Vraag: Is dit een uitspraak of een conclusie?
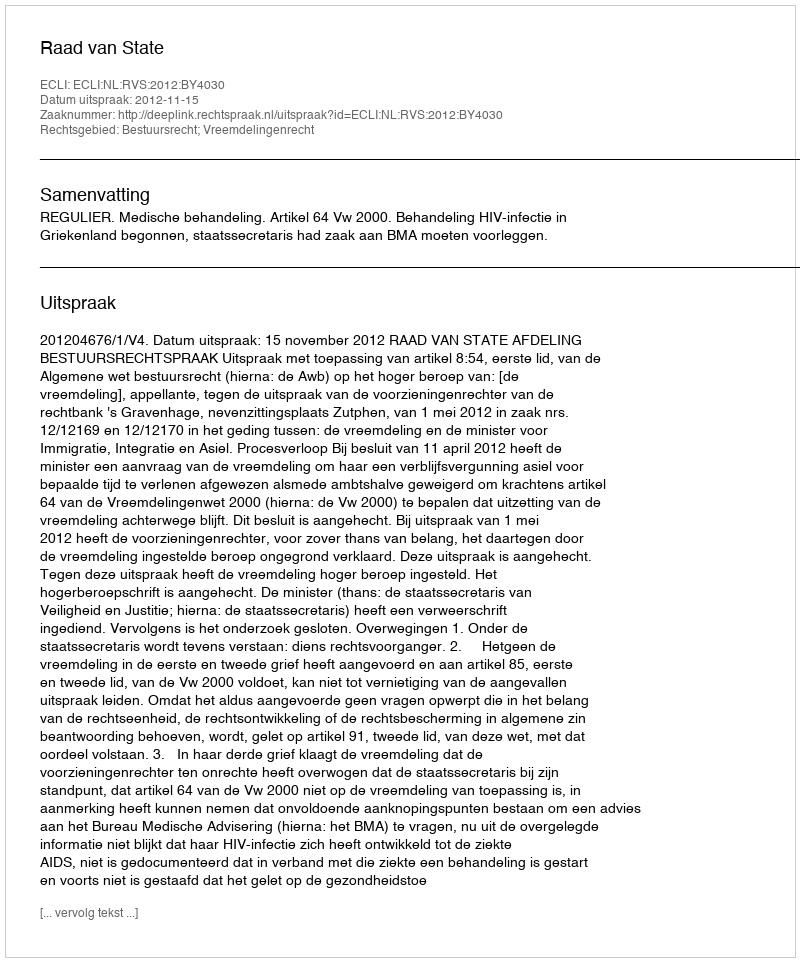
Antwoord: Uitspraak